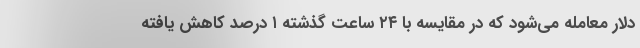
دلار معامله می‌شود که در مقایسه با ۲۴ ساعت گذشته ۱ درصد کاهش یافته